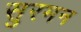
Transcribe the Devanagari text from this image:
सुरमन